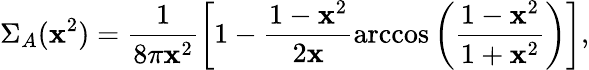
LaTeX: \Sigma_{A}(\mathbf{x}^{2})=\frac{{1}}{{8\pi\mathbf{x}^{2}}}\left[1-\frac{{1-\mathbf{x}^{2}}}{{2\mathbf{x}}}\operatorname{arccos}\left(\frac{{1-\mathbf{x}^{2}}}{{1+\mathbf{x}^{2}}}\right)\right],